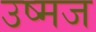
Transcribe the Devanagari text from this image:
उष्मज